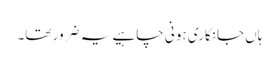
ہاں جانکاری ہونی چاہیے یہ ضرور تھا۔